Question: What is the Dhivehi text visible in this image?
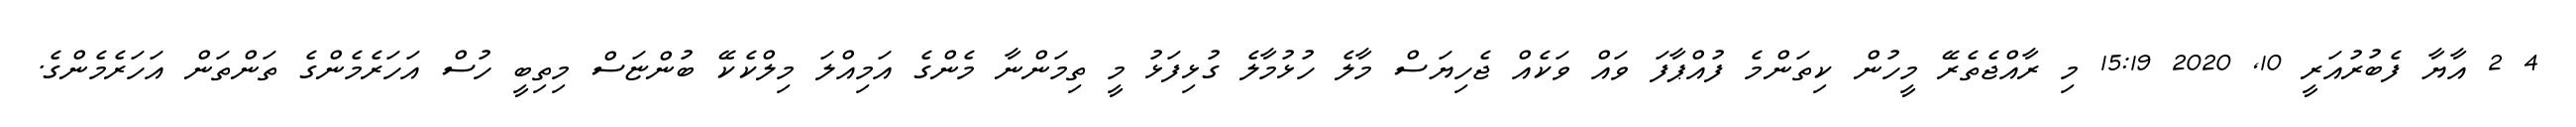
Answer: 4 2 އާޔާ ފެބުރުއަރީ 10, 2020 15:19 މި ރާއްޖެތެރޭ މީހުން ކިތަންމެ ފުއްޕާފަ ވައް ވަކެއް ޖެހިޔަސް މާލެ ހުޅުމާލެ ގުޅިފަޅު މީ ތިމަންނާ މެންގެ އަމިއްލަ މިލްކެކޭ ބުންޏަސް މިތިބީ ހުސް އަހަރެމެންގެ ތަންތަން އަހަރެމެންގެ.